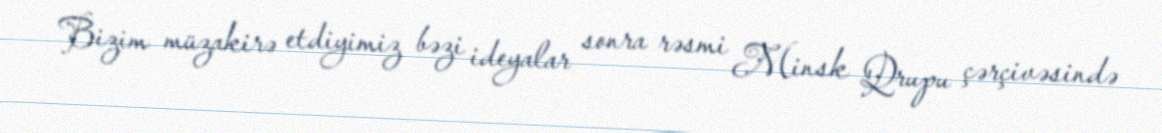
Bizim müzakirə etdiyimiz bəzi ideyalar sonra rəsmi Minsk Qrupu çərçivəsində